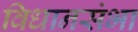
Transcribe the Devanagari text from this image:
विधानसंभा